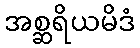
အစ္ဆရိယမိဒံ